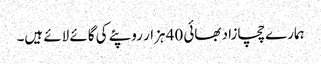
ہمارے چچازاد بھائی 40 ہزار روپئے کی گائے لائے ہیں۔